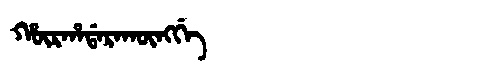
Manchu: ᡥᡡᡵᡥᠠᡩᠠᡵᠠᡴᡡᠩᡤᡝ
Romanization: HŪRHADARAKŪNGGE